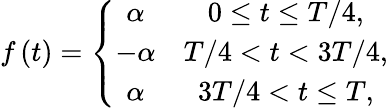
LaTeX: \begin{array}{r}{f\left(t\right)=\left\{ \begin{array}{cc}{\alpha}&{0\leq t\leq T/4,}\\ {-\alpha}&{T/4<t<3T/4,}\\ {\alpha}&{3T/4<t\leq T,}\end{array}\right.}\end{array}